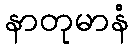
နာတုမာနံ